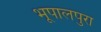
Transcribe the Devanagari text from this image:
भूपालपुरा